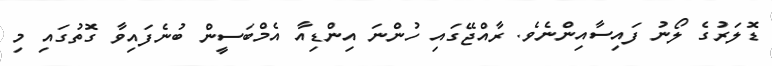
ޑޮލަރުގެ ލޯނު ފައިސާއިންނެވެ. ރާއްޖޭގައި ހުންނަ އިންޑިއާ އެމްބަސީން ބުނެފައިވާ ގޮތުގައި މި